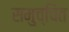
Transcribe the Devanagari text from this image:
समुच्चित